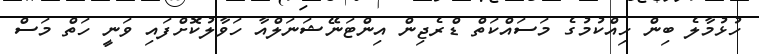
ހުޅުމާލެ ބިން ހިއްކުމުގެ މަސައްކަތް ޑްރެޖިން އިންޓަނޭޝަނަލްއާ ހަވާލުކޮށްފައި ވަނީ ހަތް މަސް